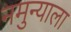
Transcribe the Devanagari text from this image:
नमुन्याला